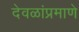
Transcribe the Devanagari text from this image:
देवळांप्रमाणे